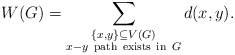
\begin{align*} W(G)=\sum_{\substack{\{x,y\}\subseteq V(G)\\ x-y {\rm \ path\ exists\ in\ }G}} d(x,y).\end{align*}